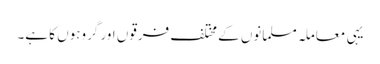
یہی معاملہ مسلمانوں کے مختلف فرقوں اور گروہوں کا ہے۔